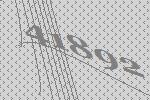
41892